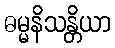
ဓမ္မနိသန္တိယာ